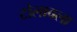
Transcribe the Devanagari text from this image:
टोलावला